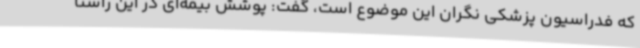
که فدراسیون‌ پزشکی نگران این موضوع است، گفت: پوشش بیمه‌ای در این راستا